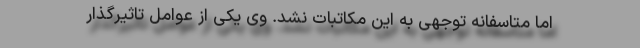
اما متاسفانه توجهی به این مکاتبات نشد. وی یکی از عوامل تاًثیرگذار